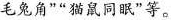
毛兔角””猫鼠同眠”等。